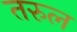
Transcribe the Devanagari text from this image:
तरुल